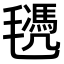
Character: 𣰜